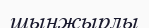
шынжырлы